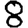
Digit: 8